Annual report on the working of the mental hospitals in the Madras Presidency - 1912-1932
Year: 1912
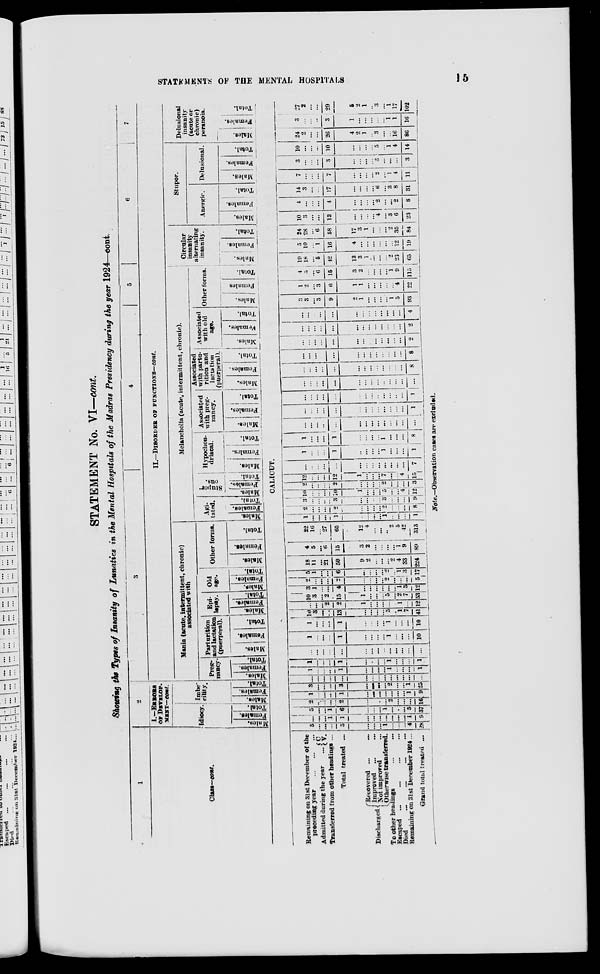
STATEMENTS OF THE MENTAL HOSPITALS
15
STATEMENT No. VI—cont.
Showing the Types of Insanity of Lunatics in the Mental Hospitals of the Madras Presidency during the year 1924—cont.
1
Class—cont.
2
I.—ERRORS
OF DEVELOP-
MENT—cont.
Idiocy.
Males.
Females.
Total.
Imabe-
cility.
Males.
Females.
Total.
3
4
5
6
7
II.—DISORDER OF FUNCTIONS—cont.
Mania (acute, intermittent, chronic)
associated with
Preg-
nancy
Males.
Females.
Total.
Parturition
and lactation
(puerperal).
Males.
Females.
Total.
Epi-
lespy.
Males.
Females.
Total.
Old
age.
Males.
Famales.
Total.
Other forms.
Males.
Females.
Total.
Melancholia (acute, intermittent, chronic).
Agi-
tated.
Males.
Females.
Total.
Stupor-
ous.
Males.
Females.
Total.
Hypochon-
driacal.
Males.
Females.
Total.
Associated
with preg-
nancy.
Males.
Females.
Total.
Associated
with partu-
rition and
lactation
(puerperal).
Males.
Females.
Total.
Associated
with old
age.
Males.
Females.
Total.
Other forms.
Males.
Females
Total.
Circular
insanity
alternating
insanity.
Males.
Females.
Total.
Stupor.
Anergic.
Males.
Females.
Total.
Delusional.
Males.
Females.
Total.
Delusional
insanity
(acute or
chronic)
peranoia.
Males.
Females.
Total.
CALICUT.
Remaining on 31st December of the
preceding year
...
...
...
Admitted during the year ...
C.
V.
Transferred from other headings ...
Total treated ...
Discharged
Recovered ... ...
Improved ... ...
Not improved
Otherwise transferred.
To other headings ... ...
Escaped ... ... ... ...
Died ... ... ... ...
Remaining on 31st December 1924 ...
Grand total treated ...
5
...
...
...
5
...
...
...
1
...
...
...
4
28
...
...
...
1
1
...
...
...
...
...
...
...
1
9
5
...
...
1
6
...
...
...
1
...
...
...
5
37
2
...
...
...
2
...
...
...
...
2
...
...
...
16
1
...
...
...
1
...
...
...
...
...
...
...
1
9
3
...
...
...
3
...
...
...
...
2
...
...
1
25
...
...
...
...
...
...
...
...
...
...
...
...
...
...
1
...
...
...
1
...
...
...
...
1
...
...
...
1
1
...
...
...
1
...
...
...
...
1
...
...
...
1
...
...
...
...
...
...
...
...
...
...
...
...
...
...
1
...
...
...
1
...
...
...
...
1
...
...
...
10
1
...
...
...
1
...
...
...
...
1
...
...
...
10
10
3
...
...
13
...
...
...
...
5
...
1
7
41
...
...
...
2
2
1
...
...
...
...
...
1
...
12
10
3
...
2
15
1
...
...
...
5
...
2
7
53
3
1
...
...
4
...
...
...
...
...
...
1
3
12
2
...
...
...
2
...
...
...
...
2
...
...
...
5
5
1
...
...
6
...
...
...
...
2
...
1
3
17
18
11
...
21
50
9
2
...
...
...
2
4
33
24
4
5
...
6
15
3
2
...
...
...
...
1
9
89
22
16
...
27
65
12
4
...
...
...
2
5
42
313
1
...
...
...
1
...
...
...
...
1
...
...
...
1
2
...
...
...
2
...
...
...
...
2
...
...
...
8
3
...
...
...
3
...
...
...
...
3
...
...
...
9
10
...
...
...
10
1
...
...
...
5
...
...
4
12
2
...
...
...
2
...
...
...
...
2
...
...
...
3
12
...
...
...
12
1
...
...
...
7
...
...
4
15
...
...
...
...
...
...
...
...
...
...
...
...
...
7
1
...
...
...
1
...
...
...
...
1
...
...
...
1
1
...
...
...
1
...
...
...
...
1
...
...
...
8
...
...
...
...
...
...
...
...
...
...
...
...
...
...
...
...
...
...
...
...
...
...
...
...
...
...
...
1
...
...
...
...
...
...
...
...
...
...
...
...
...
1
...
...
...
...
...
...
...
...
...
...
...
...
...
...
...
...
...
...
...
...
...
...
...
...
...
...
...
8
...
...
...
...
...
...
...
...
...
...
...
...
...
8
...
...
...
...
...
...
...
...
...
...
...
...
...
2
...
...
...
...
...
...
...
...
...
...
...
...
...
2
...
...
...
...
...
...
...
...
...
...
...
...
...
4
3
3
...
3
9
2
1
...
...
...
...
1
5
93
1
2
...
3
6
1
1
...
...
...
...
...
4
22
4
5
...
6
15
3
2
...
...
...
...
1
9
115
19
18
...
5
42
13
3
1
...
...
...
...
23
65
5
10
...
1
16
4
...
...
...
...
...
...
12
19
24
28
...
6
58
17
3
1
...
...
...
2
35
84
10
3
...
...
13
...
...
...
...
4
...
3
6
23
4
...
...
...
4
...
...
...
...
2
...
...
2
8
14
3
...
...
17
...
...
...
...
6
...
3
8
31
7
...
...
...
7
...
...
...
...
2
...
1
4
11
3
...
...
...
3
...
...
...
...
3
...
...
...
3
10
...
...
...
10
...
...
...
...
5
...
1
4
14
24
2
...
...
26
4
2
1
...
3
...
...
16
86
3
...
...
...
3
1
...
...
...
...
...
1
1
16
27
2
...
...
29
5
2
1
...
3
...
1
17
102
Note.—Observation cases are excluded.